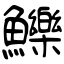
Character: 鱳